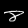
Digit: 8